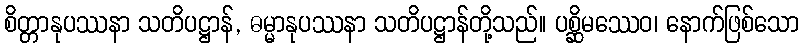
စိတ္တာနုပဿနာ သတိပဋ္ဌာန်, ဓမ္မာနုပဿနာ သတိပဋ္ဌာန်တို့သည်။ ပစ္ဆိမဿေဝ၊ နောက်ဖြစ်သော